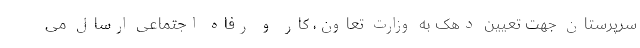
سرپرستان جهت تعیین دهک به وزارت تعاون، کار و رفاه اجتماعی ارسال می